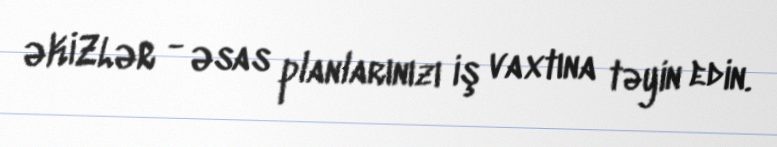
ƏKİZLƏR - Əsas planlarınızı iş vaxtına təyin edin.